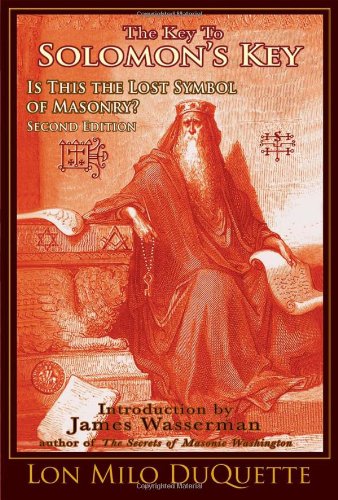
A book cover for The Key to Solomon's Key: Is This the Lost Symbol of Masonry?; Lon Milo DuQuette; Religion & Spirituality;